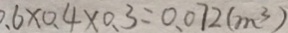
0 . 6 \times 0 . 4 \times 0 . 3 = 0 . 0 7 2 ( m ^ { 3 } )